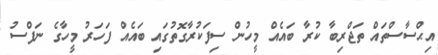
އިޙްސާސްތައް ތަޖްރިބާ ކުރާ ބައެއް މީހުން ސިފަކުރާގޮތުގައި ބައެއް ފަހަރު މީހާގެ ނަފްސު